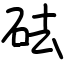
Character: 砝